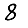
Digit: 8